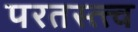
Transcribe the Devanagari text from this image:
परतस्त्त्व